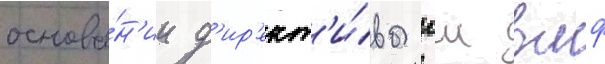
основа́н'ии д'ир'ект'и́вы гш вмф